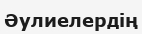
Әулиелердің